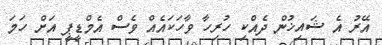
އޭރު އެ ޝައިޚުން ދެއްކި ހުރިހާ ވާހަކައެއް ވެސް އެމްޑީޕީ އަށް ހަމަ